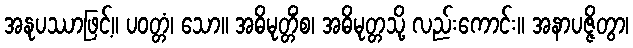
အနုပဿာဖြင့်။ ပဝတ္တံ၊ သော။ အဓိမုတ္တိံစ၊ အဓိမုတ္တသို့ လည်းကောင်း။ အနာပဇ္ဇိတွာ၊